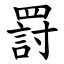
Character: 罸